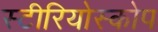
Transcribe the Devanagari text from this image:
स्टीरियोस्कोप